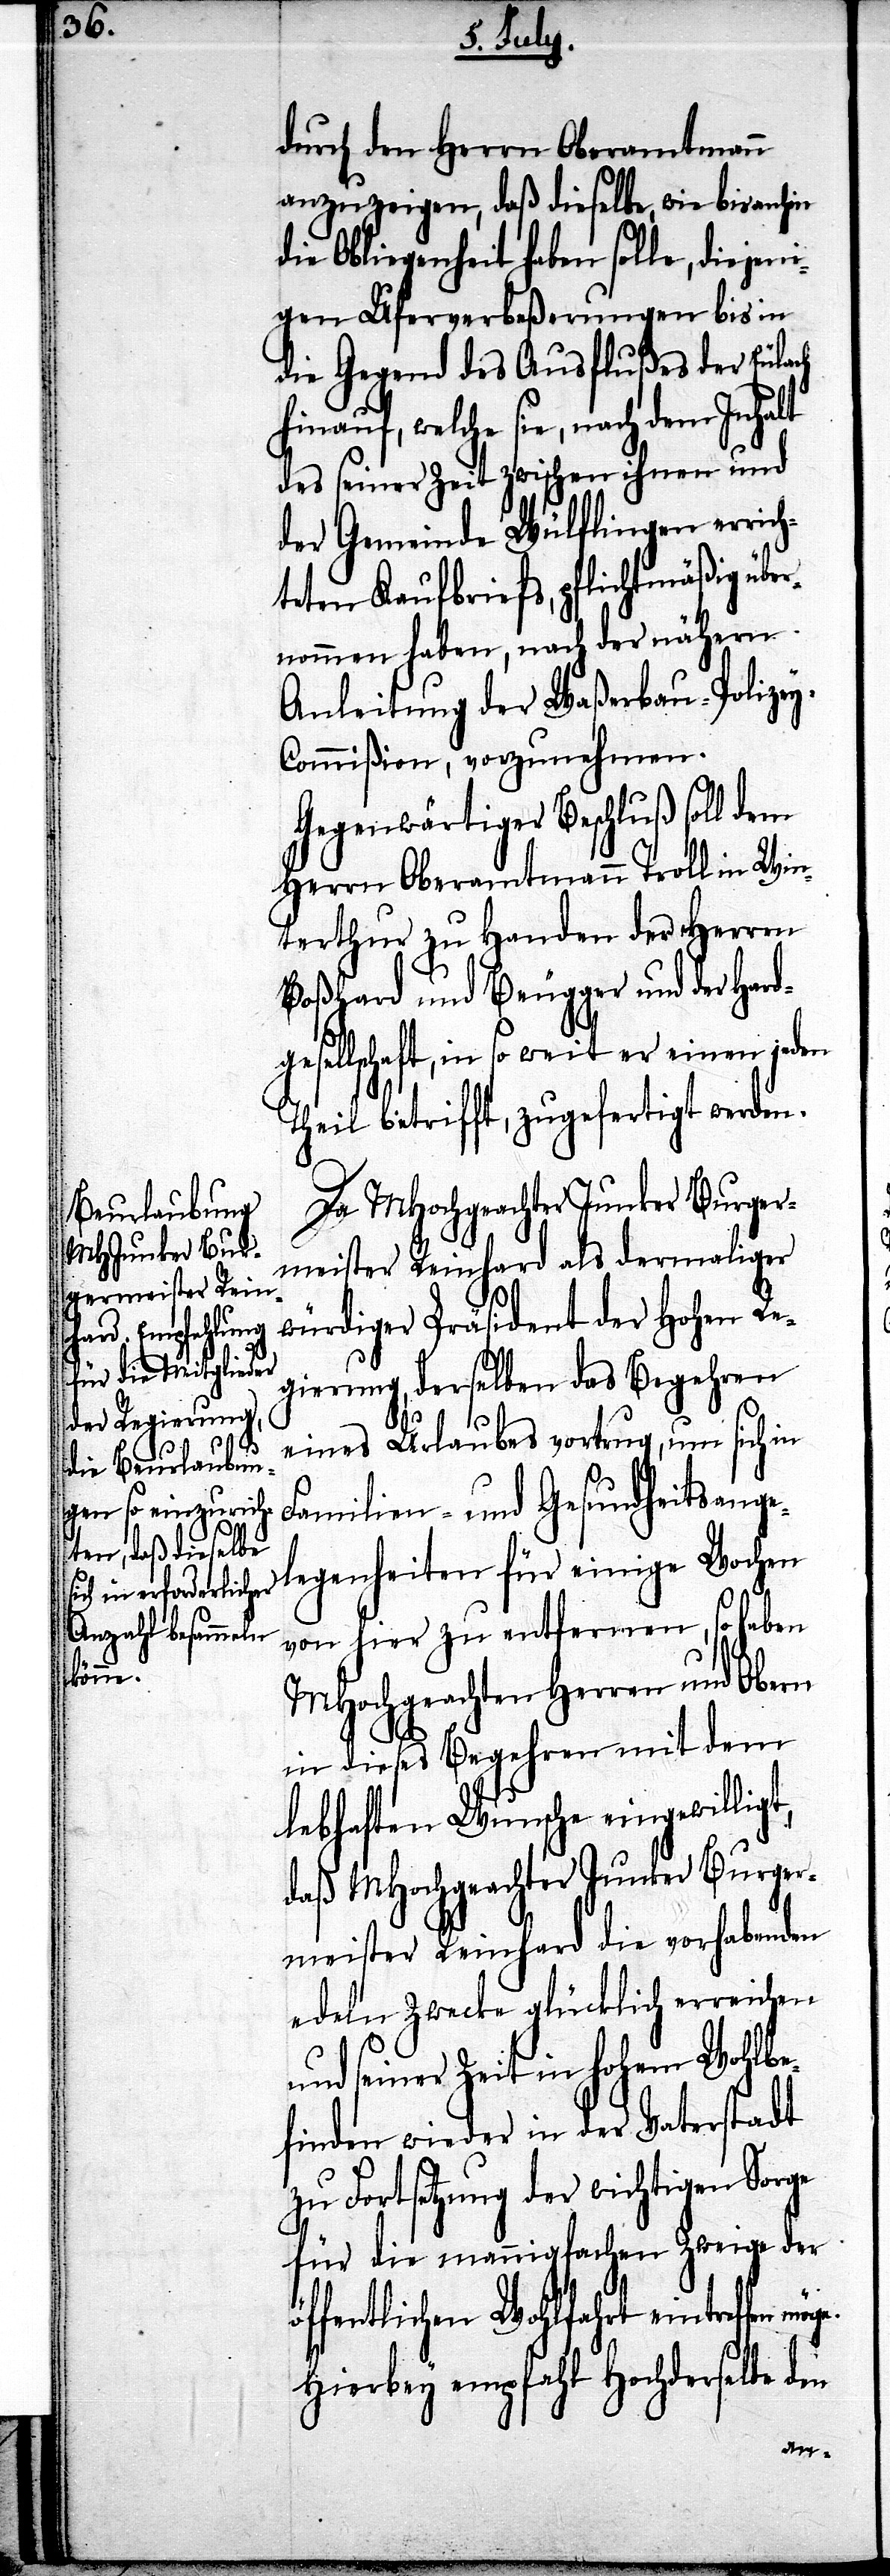
durch den Herrn Oberamtmann
anzuzeigen, daß dieselbe, wie bisanhin
die Obliegenheit haben solle, diejeni¬
gen Uferverbeßerungen bis in
die Gegend des Ausflußes der Eulach
hinauf, welche sie, nach dem Inhalt
des seiner Zeit zwischen ihnen und
der Gemeinde Wülflingen errich¬
teten Kaufbriefs, pflichtmäßig über¬
nommen haben, nach der nähern
Anleitung der Waßerbau-Polize¬
y-Commißion, vorzunehmen.
Gegenwärtiger Beschluß soll dem
Herrn Oberamtmann Troll in Win¬
terthur zu Handen der Herren
Boßhard und Beugger und der Hard¬
gesellschaft, in so weit er einen jeden
Theil betrifft, zugefertigt werden.
Da MHochgeachter Junker Burger¬
meister Reinhard als damaliger
würdiger Präsident der Hohen Re¬
einige Wochen
gierung, derselben das Begehren
eines Urlaubes vortrug, um sich in
Familien- und Gesundheitsange¬
von hier zu entfernen, so haben
MHochgeachteten Herren und Obern
in dieses Begehren mit dem
lebhaften Wunsche eingewilligt,
daß MHochgeachter Junker Burger¬
meister Reinhard die vorhabenden
edeln Zwecke glücklich erreichen
und seiner Zeit in hohem Wohlbe¬
finden wieder in der Vaterstadt
zu Fortsetzung der wichtigen Sorge
für die mannigfachen Zweige der
öffentlichen Wohlfahrt eintreffen
Hierbey empfahl Hochderselbe den